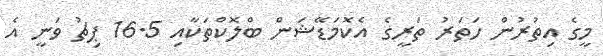
މީގެ އިތުރުން ހަތަރު ތަރީގެ އެކޮމަޑޭޝަން ބްލޮކްތަކާއި 16.5 ޕިޗު ވަނީ އެ